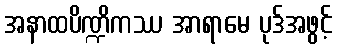
အနာထပိဏ္ဍိကဿ အာရာမေ ပုဒ်အဖွင့်